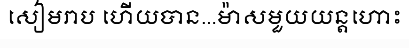
សៀមរាប ហើយបាន...ម៉ាសមួយយន្តហោះ